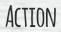
ACTION